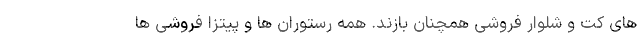
های کت و شلوار فروشی همچنان بازند. همه رستوران ها و پیتزا فروشی ها